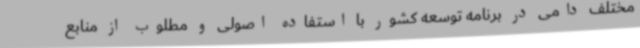
مختلف دامی در برنامه توسعه کشور با استفاده اصولی و مطلوب از منابع